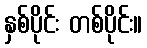
နှစ်ပိုင်း တစ်ပိုင်း။